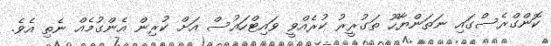
ކޮންގްރެސްގައި ނަތަންޔާހޫ ތަގުރީރު ކުރެއްވީ ވައިޓްހައުސް އަށް ކުރިން އެންގުމެއް ނެތި އެވެ.